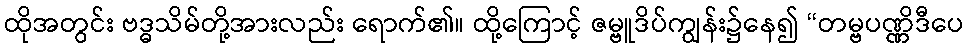
ထိုအတွင်း ဗဒ္ဓသိမ်တို့အားလည်း ရောက်၏။ ထို့ကြောင့် ဇမ္ဗူဒိပ်ကျွန်း၌နေ၍ “တမ္ဗပဏ္ဏိဒီပေ